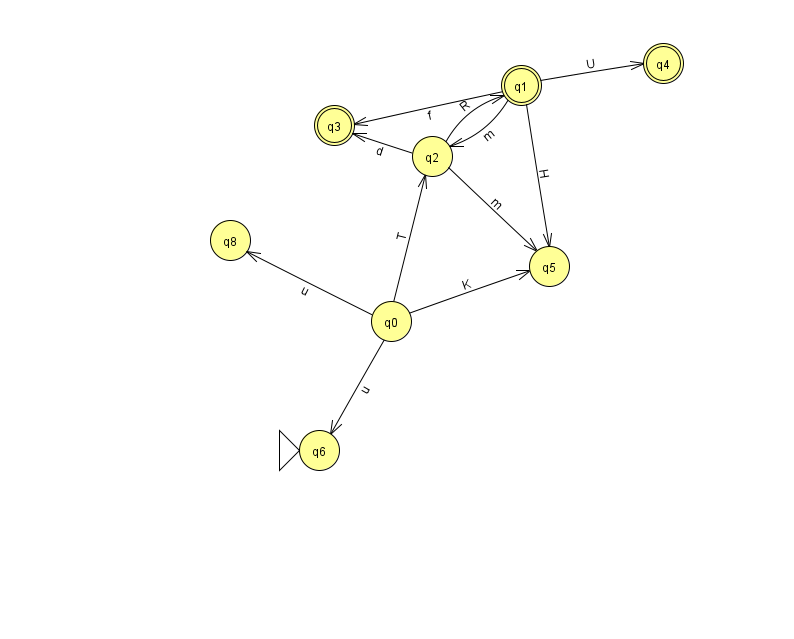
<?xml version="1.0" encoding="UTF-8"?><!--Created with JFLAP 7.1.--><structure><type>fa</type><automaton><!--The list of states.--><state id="0" name="q0"><x>391.0</x><y>308.0</y></state><state id="1" name="q1"><x>521.0</x><y>72.0</y><final/></state><state id="2" name="q2"><x>432.0</x><y>143.0</y></state><state id="3" name="q3"><x>334.0</x><y>112.0</y><final/></state><state id="4" name="q4"><x>663.0</x><y>50.0</y><final/></state><state id="5" name="q5"><x>549.0</x><y>253.0</y></state><state id="6" name="q6"><x>319.0</x><y>437.0</y><initial/></state><state id="8" name="q8"><x>230.0</x><y>227.0</y></state><!--The list of transitions.--><transition><from>0</from><to>8</to><read>u</read></transition><transition><from>1</from><to>2</to><read>m</read></transition><transition><from>1</from><to>4</to><read>U</read></transition><transition><from>2</from><to>5</to><read>m</read></transition><transition><from>0</from><to>6</to><read>u</read></transition><transition><from>1</from><to>3</to><read>f</read></transition><transition><from>2</from><to>3</to><read>d</read></transition><transition><from>0</from><to>2</to><read>T</read></transition><transition><from>0</from><to>5</to><read>K</read></transition><transition><from>1</from><to>5</to><read>H</read></transition><transition><from>2</from><to>1</to><read>R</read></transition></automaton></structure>